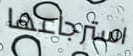
استرجاعها